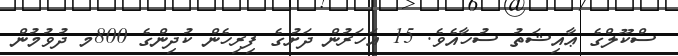
ސްކޫލްގެ ޢާއިޝަތު ސުހާއެވެ. 15 އަހަރުން ދަށުގެ ފިރިހެން ކުދިންގެ 800މ ދުވުމުން